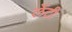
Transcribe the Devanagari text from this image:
लेंटी